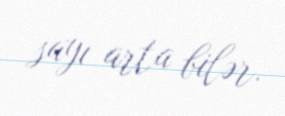
sayı arta bilər.